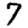
Digit: 7